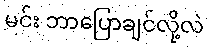
မင်း ဘာပြောချင်လို့လဲ